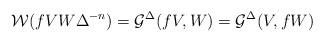
LaTeX: \begin{align*}\mathcal{W}( f VW \Delta ^{-n}) = \mathcal{G}^{\Delta}(fV,W)=\mathcal{G}^{\Delta}(V,fW)\end{align*}